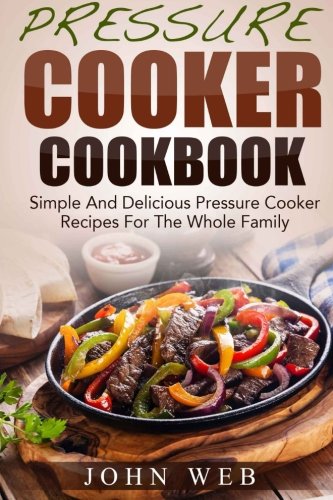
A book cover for Pressure Cooker Cookbook - Simple And Delicious Pressure Cooker Recipes For The Whole Family; John Web; Cookbooks, Food & Wine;